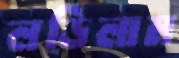
লড়িলাম